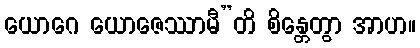
ယောဂေ ယောဇေဿာမီ”တိ စိန္တေတွာ အာဟ။